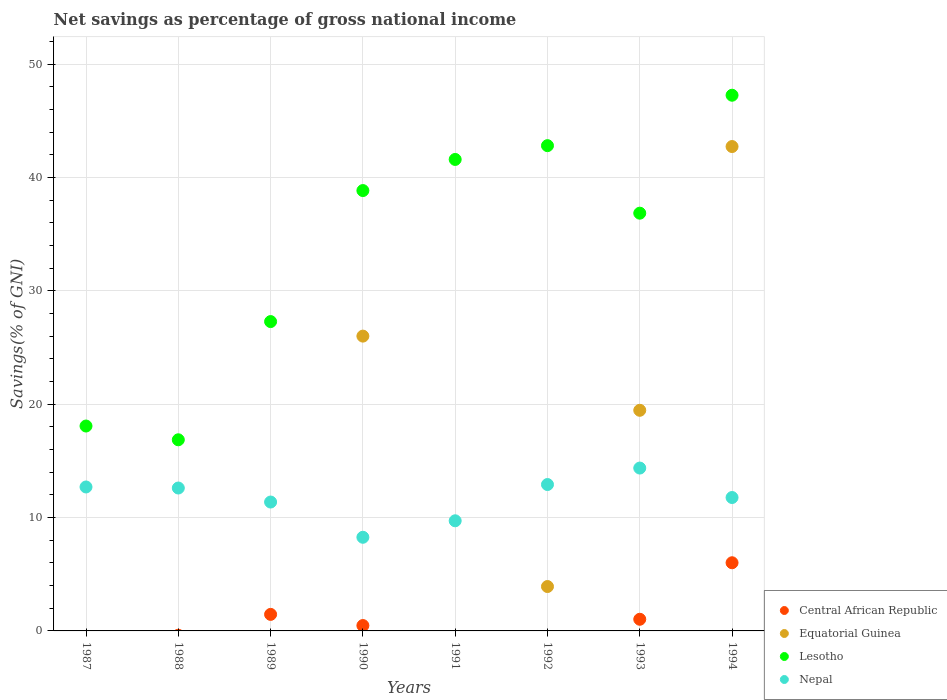
| Years | Central African Republic | Equatorial Guinea | Lesotho | Nepal |
 | --- | --- | --- | --- | --- |
 | 1987 | -2.9 | -56.2 | 18.1 | 12.7 |
 | 1988 | -0.382 | -55.7 | 16.9 | 12.6 |
 | 1989 | 1.46 | -45.8 | 27.3 | 11.4 |
 | 1990 | 0.474 | 26 | 38.8 | 8.26 |
 | 1991 | -1.14 | -31.5 | 41.6 | 9.71 |
 | 1992 | -1.04 | 3.92 | 42.8 | 12.9 |
 | 1993 | 1.03 | 19.5 | 36.8 | 14.4 |
 | 1994 | 6.01 | 42.7 | 47.3 | 11.8 |